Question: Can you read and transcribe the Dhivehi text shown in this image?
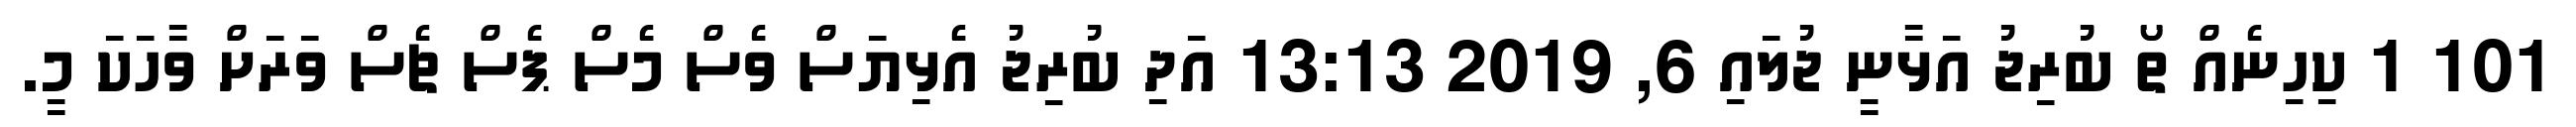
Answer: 101 1 ކިހިނެއް ތޯ ބުރިޖު އަޅާނީ ޖުލައި 6, 2019 13:13 އަދި ބުރިޖު އެޅިޔަސް ވެސް މެސް ޕެސް ޗެސް ވަރަށް ވާހަކަ މީ.